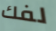
لفك